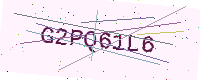
Text: G2PQ61L6